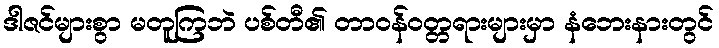
ဒါဇင်များစွာ မတူကြဘဲ ပစ်တီ၏ တာဝန်ဝတ္တရားများမှာ နံဘေးနားတွင်